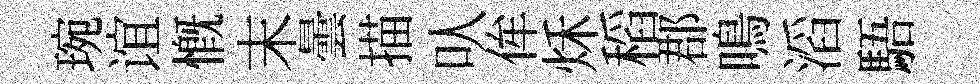
琬谊慨末曇描㕥侔秌稻郡鳴滔䮏